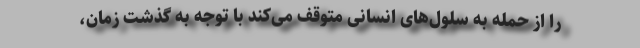
را از حمله به سلول‌های انسانی متوقف می‌کند با توجه به گذشت زمان،